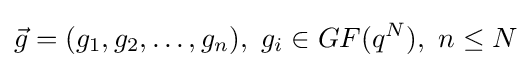
{\vec {g}}=(g_{1},g_{2},\dots ,g_{n}),~g_{i}\in GF(q^{N}),~n\leq N